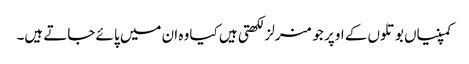
کمپنیاں بوتلوں کے اوپر جو منرلز لکھتی ہیں کیا وہ ان میں پائے جاتے ہیں۔